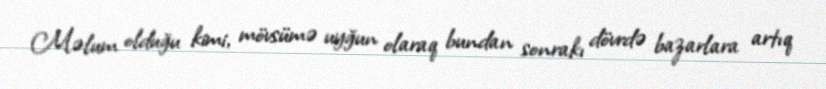
Məlum olduğu kimi, mövsümə uyğun olaraq bundan sonrakı dövrdə bazarlara artıq